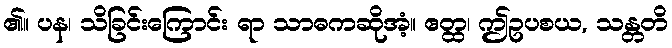
၏။ ပန၊ သိခြင်းကြောင်း ရာ သာဓကဆိုအံ့။ ဧတ္ထ၊ ဤဥပစယ, သန္တတိ